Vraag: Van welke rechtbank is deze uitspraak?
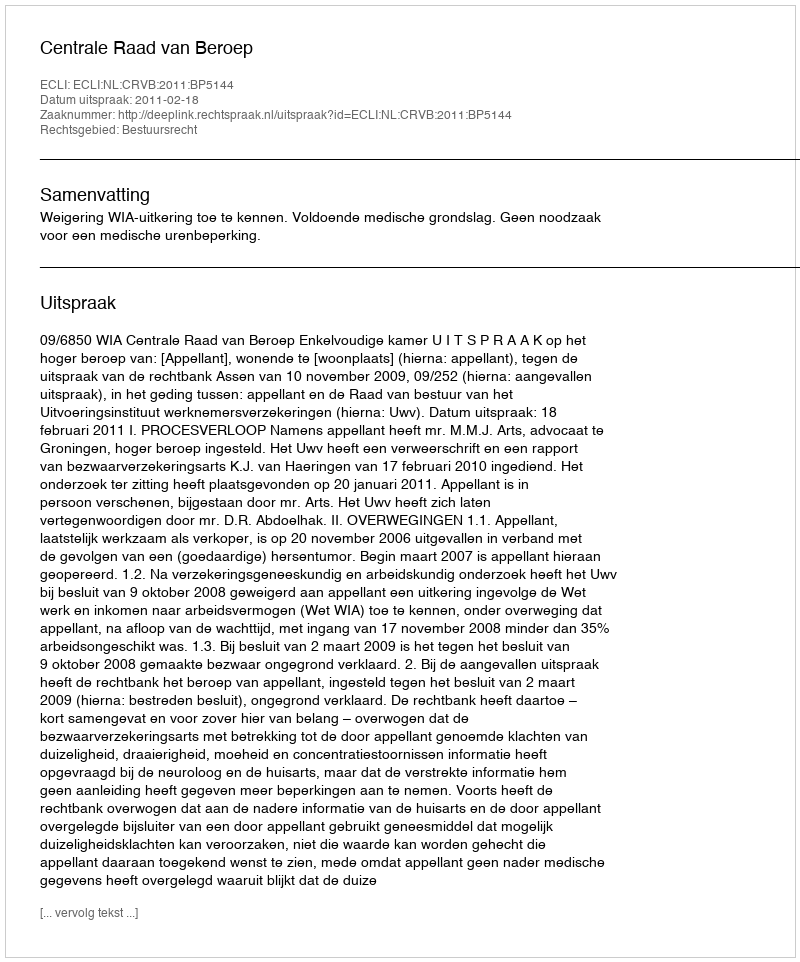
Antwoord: Centrale Raad van Beroep